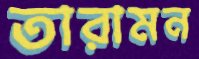
তারামন